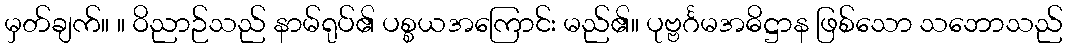
မှတ်ချက်။ ။ ဝိညာဉ်သည် နာမ်ရုပ်၏ ပစ္စယအကြောင်း မည်၏။ ပုဗ္ဗင်္ဂမအဓိဋ္ဌာန ဖြစ်သော သဘောသည်